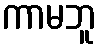
ကာမဘူ